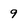
Character: 9